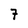
Character: 7